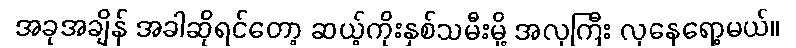
အခုအချိန် အခါဆိုရင်တော့ ဆယ့်ကိုးနှစ်သမီးမို့ အလှကြီး လှနေရော့မယ်။